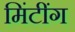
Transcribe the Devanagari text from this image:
मिंटींग